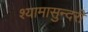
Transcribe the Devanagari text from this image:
श्यामासुन्दरी